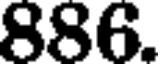
886.